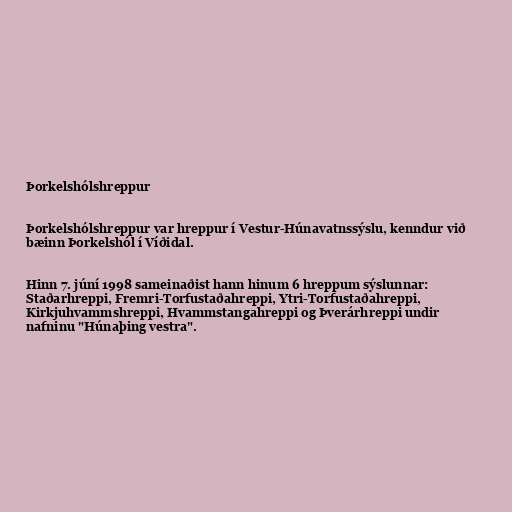
Þorkelshólshreppur

Þorkelshólshreppur var hreppur í Vestur-Húnavatnssýslu, kenndur við
bæinn Þorkelshól í Víðidal.

Hinn 7. júní 1998 sameinaðist hann hinum 6 hreppum sýslunnar:
Staðarhreppi, Fremri-Torfustaðahreppi, Ytri-Torfustaðahreppi,
Kirkjuhvammshreppi, Hvammstangahreppi og Þverárhreppi undir
nafninu "Húnaþing vestra".